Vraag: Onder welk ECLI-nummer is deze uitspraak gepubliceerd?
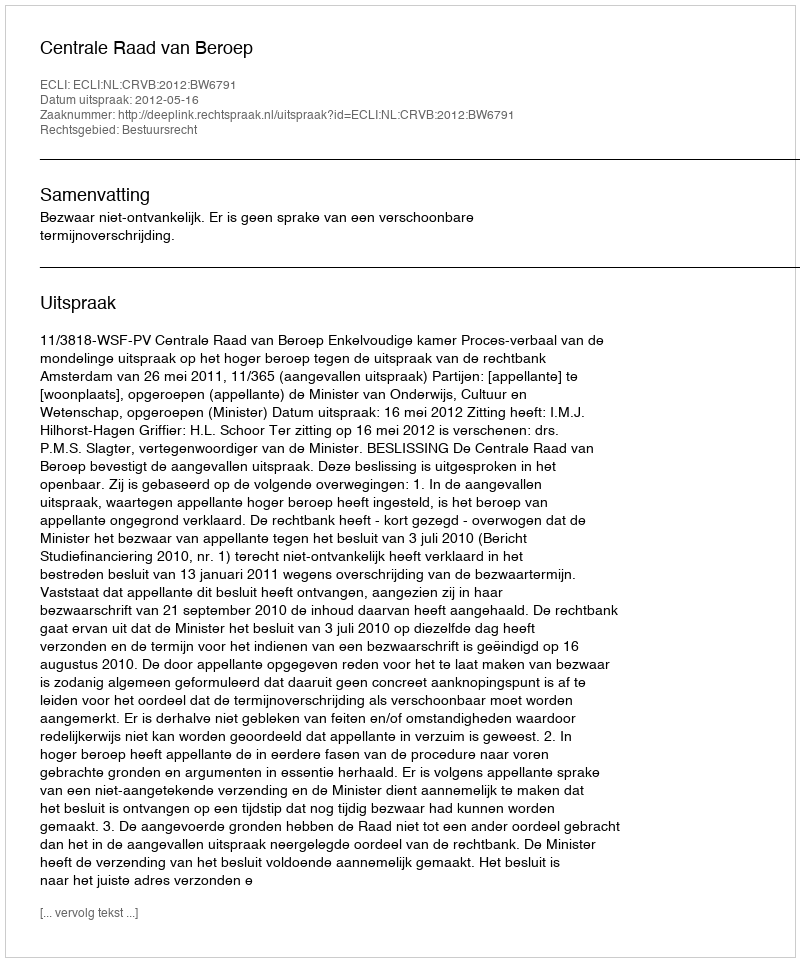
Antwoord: ECLI:NL:CRVB:2012:BW6791